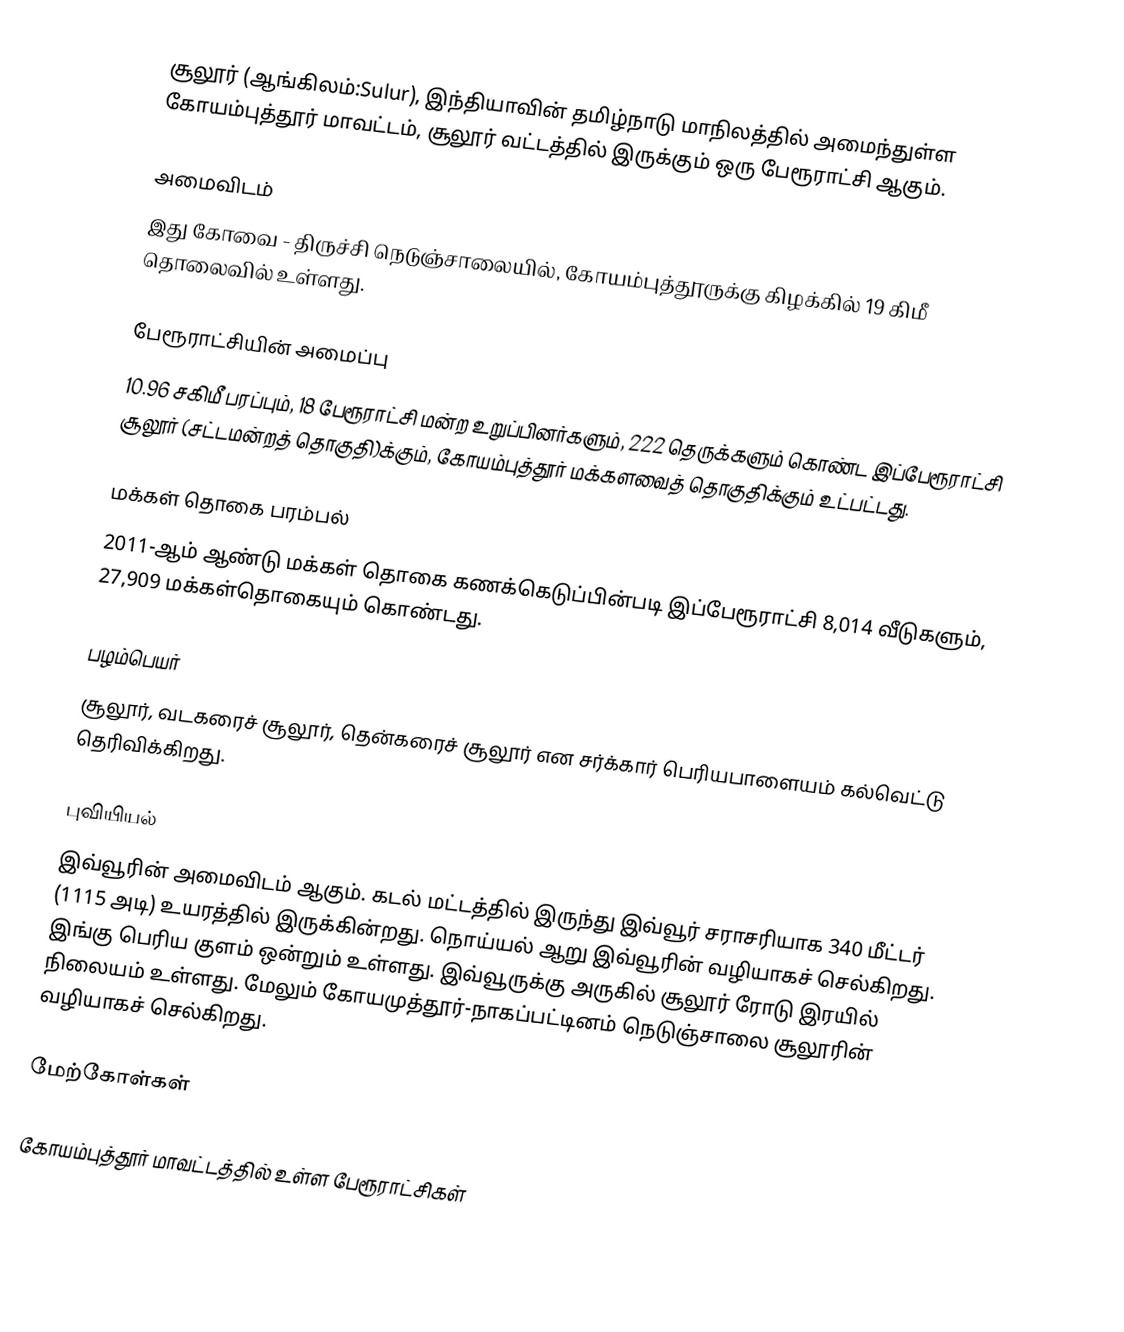
சூலூர் (ஆங்கிலம்:Sulur), இந்தியாவின் தமிழ்நாடு மாநிலத்தில் அமைந்துள்ள கோயம்புத்தூர் மாவட்டம், சூலூர் வட்டத்தில் இருக்கும் ஒரு பேரூராட்சி ஆகும்.

அமைவிடம்
இது கோவை - திருச்சி நெடுஞ்சாலையில், கோயம்புத்தூருக்கு கிழக்கில் 19 கிமீ தொலைவில் உள்ளது.

பேரூராட்சியின் அமைப்பு
10.96 சகிமீ பரப்பும், 18 பேரூராட்சி மன்ற உறுப்பினர்களும், 222 தெருக்களும்  கொண்ட இப்பேரூராட்சி  சூலூர் (சட்டமன்றத் தொகுதி)க்கும், கோயம்புத்தூர் மக்களவைத் தொகுதிக்கும் உட்பட்டது.

மக்கள் தொகை பரம்பல்
2011-ஆம் ஆண்டு மக்கள் தொகை கணக்கெடுப்பின்படி  இப்பேரூராட்சி   8,014  வீடுகளும், 27,909 மக்கள்தொகையும் கொண்டது.

பழம்பெயர்
சூலூர், வடகரைச் சூலூர், தென்கரைச் சூலூர் என சர்க்கார் பெரியபாளையம் கல்வெட்டு தெரிவிக்கிறது.

புவியியல்
இவ்வூரின் அமைவிடம்  ஆகும். கடல் மட்டத்தில் இருந்து இவ்வூர் சராசரியாக 340 மீட்டர் (1115 அடி) உயரத்தில் இருக்கின்றது. நொய்யல் ஆறு இவ்வூரின் வழியாகச் செல்கிறது. இங்கு பெரிய குளம் ஒன்றும் உள்ளது. இவ்வூருக்கு அருகில் சூலூர் ரோடு இரயில் நிலையம் உள்ளது. மேலும் கோயமுத்தூர்-நாகப்பட்டினம் நெடுஞ்சாலை சூலூரின் வழியாகச் செல்கிறது.

மேற்கோள்கள்

கோயம்புத்தூர் மாவட்டத்தில் உள்ள பேரூராட்சிகள்